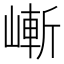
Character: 嶃